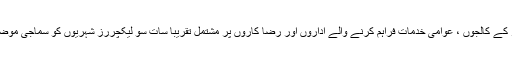
اس ضمن میں چھنگ تاو شہر کے کالجوں ، عوامی خدمات فراہم کرنے والے اداروں اور رضا کاروں پر مشتمل تقریباً سات سو لیکچررز شہریوں کو سماجی موضوعات سے متعلق بتائیں گے۔